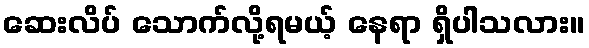
ဆေးလိပ် သောက်လို့ရမယ့် နေရာ ရှိပါသလား။